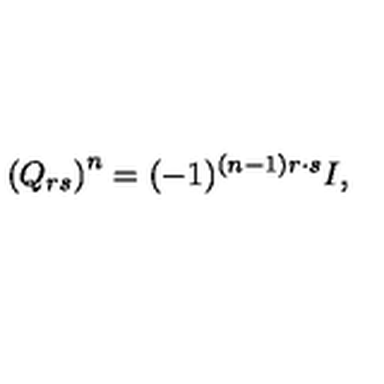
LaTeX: \left( Q _ { r s } \right) ^ { n } = ( - 1 ) ^ { ( n - 1 ) r \cdot s } I ,